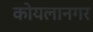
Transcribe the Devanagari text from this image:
कोयलानगर